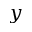
y